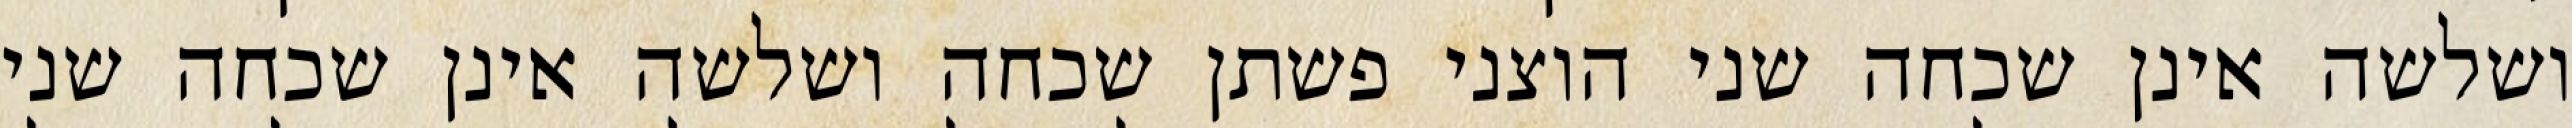
ושלשה אינן שכחה שני הוצני פשתן שכחה ושלשה אינן שכחה שני